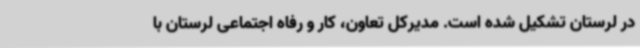
در لرستان تشکیل شده است. مدیرکل تعاون، کار و رفاه اجتماعی لرستان با